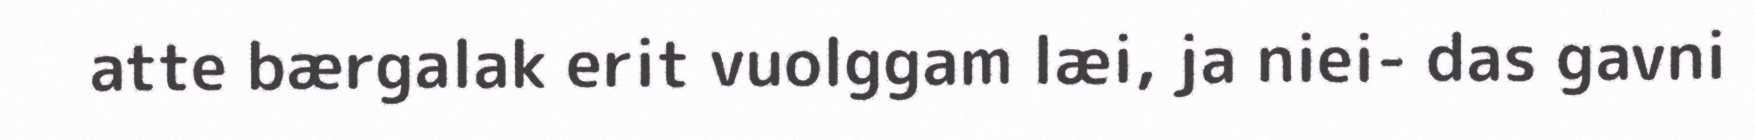
atte bærgalak erit vuolggam læi, ja niei- das gavni